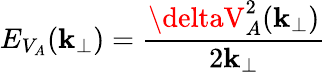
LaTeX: E_{V_{A}}(\mathbf{k}_{\perp})=\frac{{\deltaV_{A}^{2}(\mathbf{k}_{\perp})}}{{2\mathbf{k}_{\perp}}}